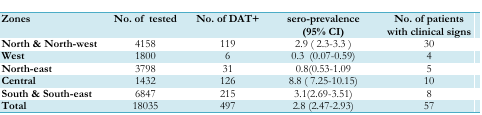
<table><thead><tr><td><b>Zones</b></td><td><b>No. of tested</b></td><td><b>No. of DAT+</b></td><td><b>sero-prevalence (95% CI)</b></td><td><b>No. of patients with clinical signs</b></td></tr></thead><tbody><tr><td><b>North &amp; North-west</b></td><td>4158</td><td>119</td><td>2.9 ( 2.3-3.3)</td><td>30</td></tr><tr><td><b>West</b></td><td>1800</td><td>6</td><td>0.3 (0.07-0.59)</td><td>4</td></tr><tr><td><b>North-east</b></td><td>3798</td><td>31</td><td>0.8(0.53-1.09</td><td>5</td></tr><tr><td><b>Central</b></td><td>1432</td><td>126</td><td>8.8 ( 7.25-10.15)</td><td>10</td></tr><tr><td><b>South &amp; South-east</b></td><td>6847</td><td>215</td><td>3.1(2.69-3.51)</td><td>8</td></tr><tr><td><b>Total</b></td><td>18035</td><td>497</td><td>2.8 (2.47-2.93)</td><td>57</td></tr></tbody></table>